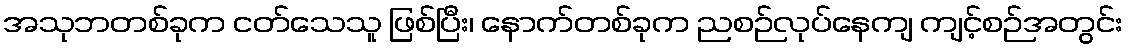
အသုဘတစ်ခုက ငတ်သေသူ ဖြစ်ပြီး၊ နောက်တစ်ခုက ညစဉ်လုပ်နေကျ ကျင့်စဉ်အတွင်း